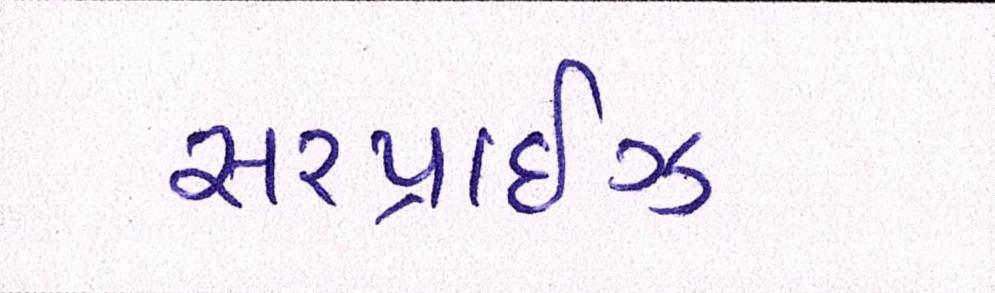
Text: સરપ્રાઇઝ